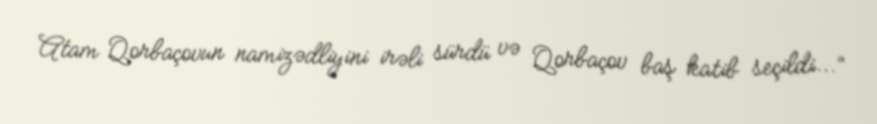
Atam Qorbaçovun namizədliyini irəli sürdü və Qorbaçov baş katib seçildi...”